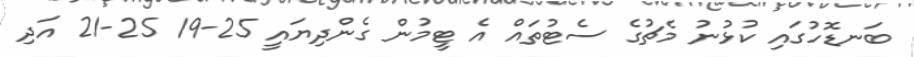
ބަނޑޮހުގައި ކުޅުނު މެޗުގެ ސެޓުތައް އެ ޓީމުން ގެންދިޔައީ 25-19 25-21 އަދި